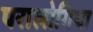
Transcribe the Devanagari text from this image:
परालोगिया